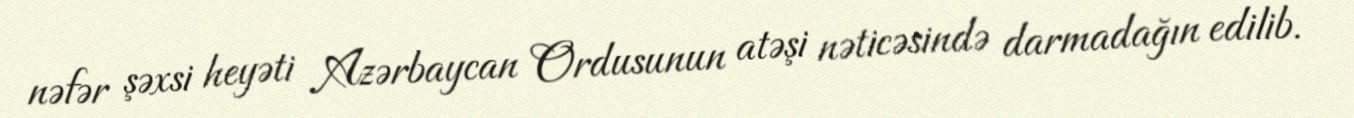
nəfər şəxsi heyəti Azərbaycan Ordusunun atəşi nəticəsində darmadağın edilib.